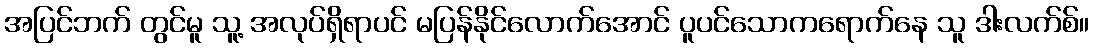
အပြင်ဘက် တွင်မူ သူ့ အလုပ်ရှိရာပင် မပြန်နိုင်လောက်အောင် ပူပင်သောကရောက်နေ သူ ဒါးလက်စ်။